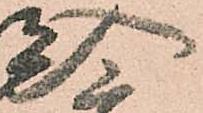
入